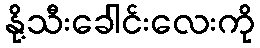
နို့သီးခေါင်းလေးကို